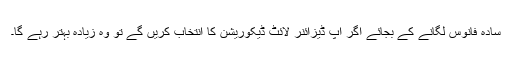
سادہ فانوس لگانے کے بجائے اگر آپ ڈیزائنر لائٹ ڈیکوریشن کا انتخاب کریں گے تو وہ زیادہ بہتر رہے گا۔